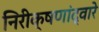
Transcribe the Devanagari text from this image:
निरीक्षणांद्वारे